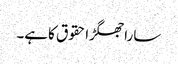
ساراجھگڑاحقوق کاہے۔